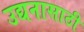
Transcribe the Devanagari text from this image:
उद्यनासाठी